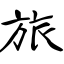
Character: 旅